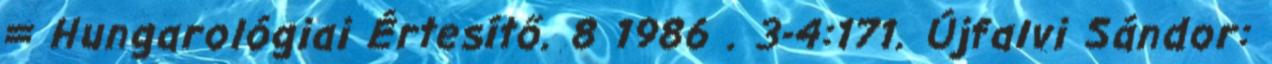
= Hungarológiai Értesítő. 8 1986 . 3-4:171. Újfalvi Sándor: